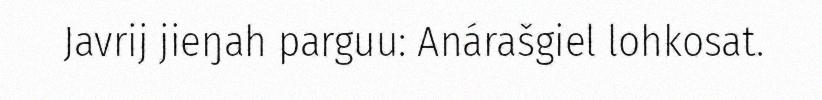
Javrij jieŋah parguu: Anárašgiel lohkosat.